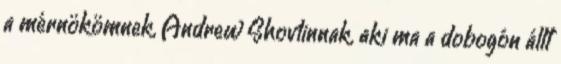
a mérnökömnek, Andrew Shovlinnak, aki ma a dobogón állt